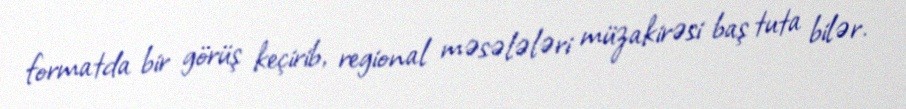
formatda bir görüş keçirib, regional məsələləri müzakirəsi baş tuta bilər.